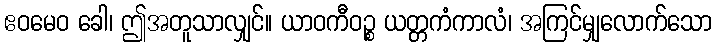
ဧဝမေဝ ခေါ၊ ဤအတူသာလျှင်။ ယာဝကီဝဉ္စ ယတ္တကံကာလံ၊ အကြင်မျှလောက်သော